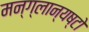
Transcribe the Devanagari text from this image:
मन्ग्लान्यष्टो